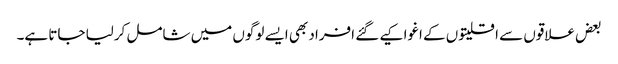
بعض علاقوں سے اقلیتوں کے اغوا کیے گئے افراد بھی ایسے لوگوں میں شامل کرلیا جاتا ہے۔